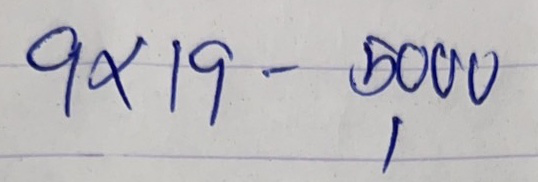
9x19 - 5,000